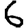
Digit: 6